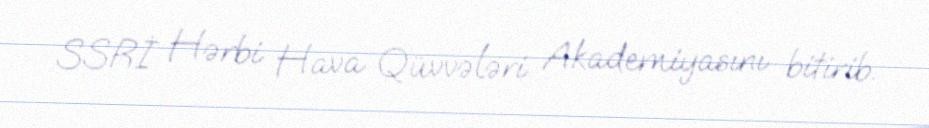
SSRİ Hərbi Hava Qüvvələri Akademiyasını bitirib.